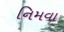
નિમવા